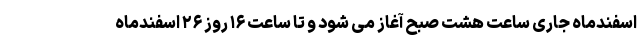
اسفندماه جاری ساعت هشت صبح آغاز می شود و تا ساعت ۱۶ روز ۲۶ اسفندماه